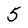
Character: 5